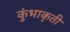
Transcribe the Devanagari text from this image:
कुंभाकृती